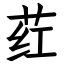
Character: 荭